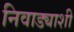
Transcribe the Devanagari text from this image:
निवाड्याशी